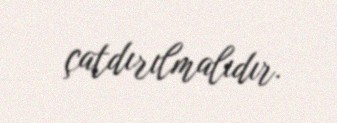
çatdırılmalıdır.